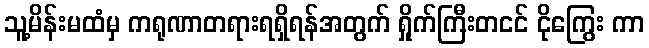
သူ့မိန်းမထံမှ ကရုဏာတရားရရှိရန်အတွက် ရှိုက်ကြီးတငင် ငိုကြွေး ကာ